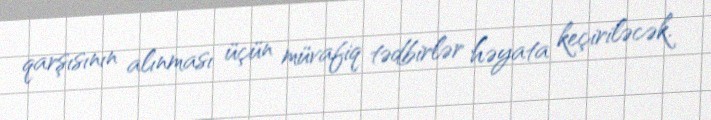
qarşısının alınması üçün müvafiq tədbirlər həyata keçiriləcək.